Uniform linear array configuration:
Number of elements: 32
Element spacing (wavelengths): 0.25
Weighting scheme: binomial
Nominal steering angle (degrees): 30
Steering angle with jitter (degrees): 30.727
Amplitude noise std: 0.05
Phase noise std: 0.05

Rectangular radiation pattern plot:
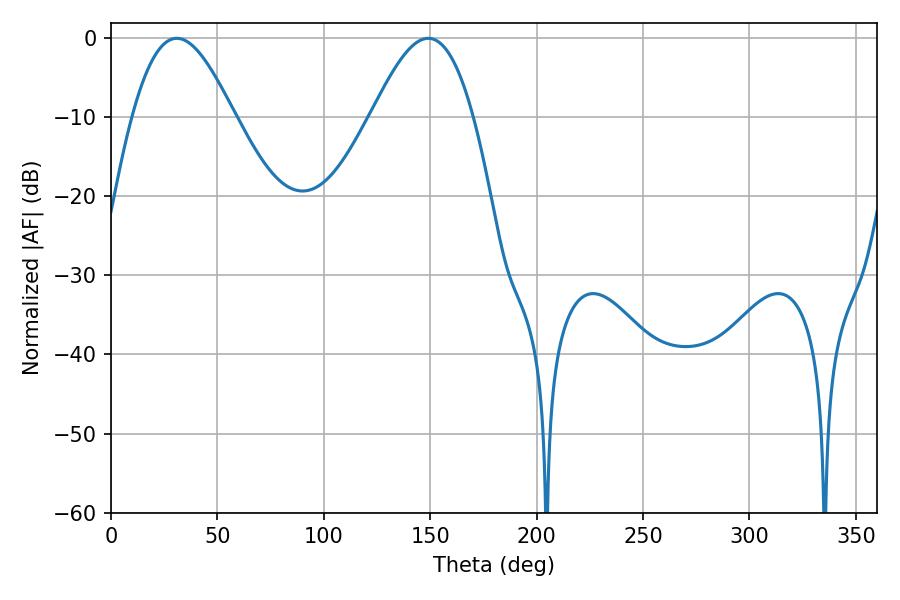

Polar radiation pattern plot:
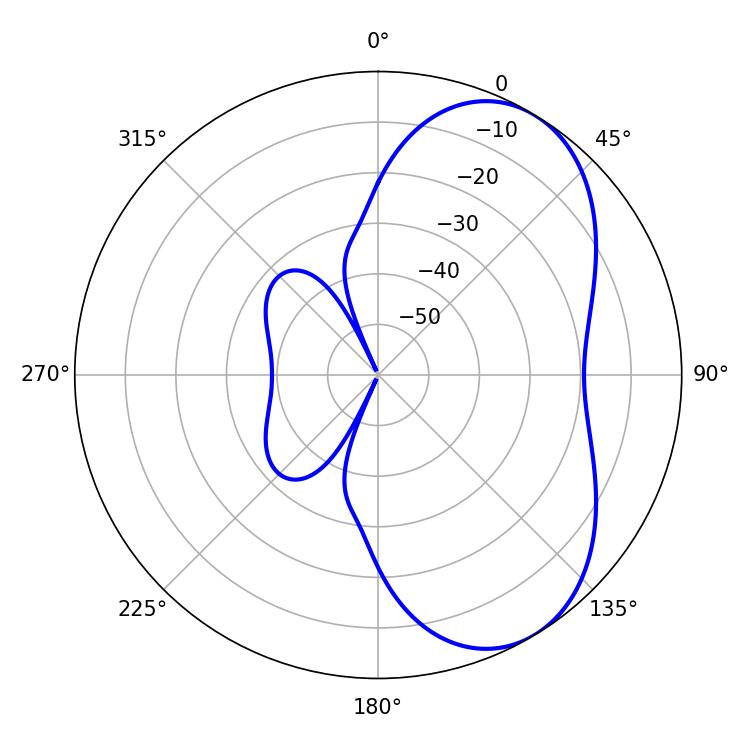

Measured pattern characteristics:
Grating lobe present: FALSE
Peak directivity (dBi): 5.717
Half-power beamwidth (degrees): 25.56
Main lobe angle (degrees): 30.96